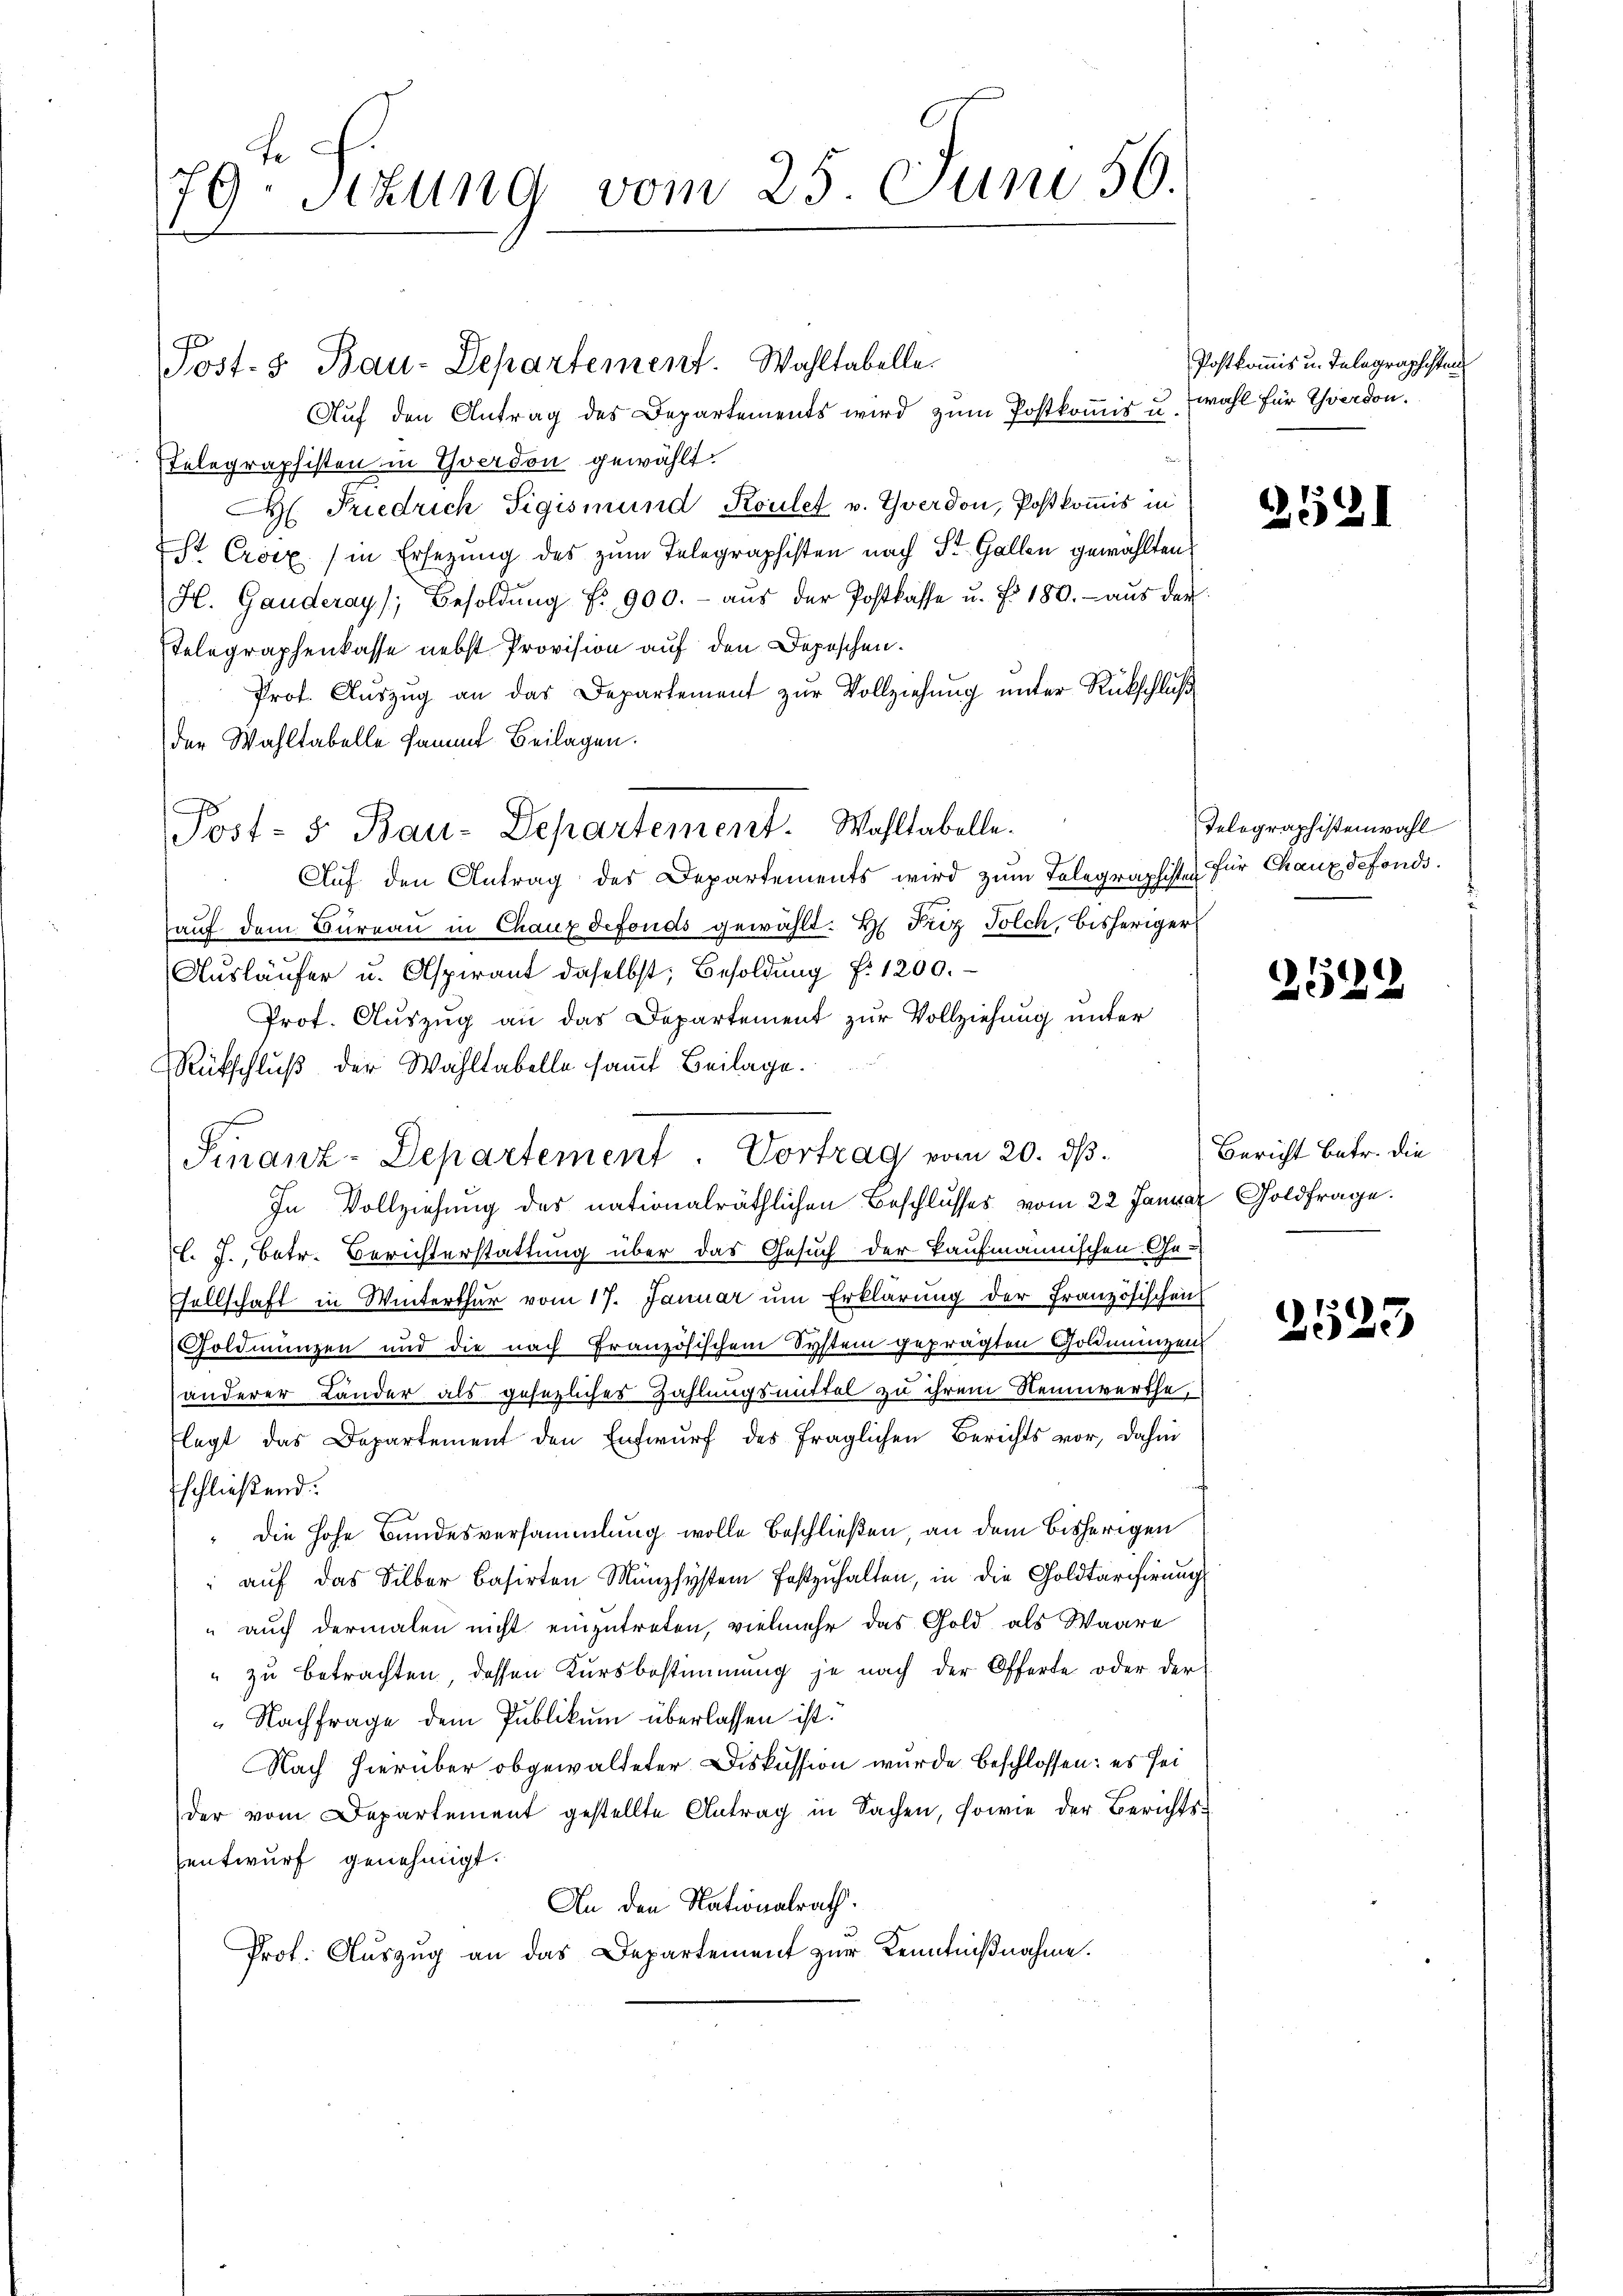
79 Setzung vom 25. Juni 56.

Auf den Antrag des Departements wird zum Postkommis u. wohl für verdon.
Telegraphisten in Yverdon gewählt.
M Friedrich Sigismund Koulet v. Yverdon, Postkomis in
Str. Croix in Ersezung des zum Telegraphisten nach St. Gallen gewählten
H. Gauderay, Besoldŭng Nr. 900.- aŭs der Postkasse u. f. 180. aŭs der
Telegraphenkasse nebst Provision auf den Depeschen.
Prof. Aŭszŭg an das Departement zŭr Vollziehŭng ŭnter Rückschlŭβ
der Wahltabelle sammt Beilagen.
Auf den Antrag des Departements wird zum Telegraphister für Chaux defonds.
auf dem Bureau in Chaux defonds gewählt. H. Frz Solch, bisheriger
Aŭsläufer u. Aspirant daselbst, Besoldung f. 1200.
Prof. Auszug an das Departement zur Vollziehung unter
Rückschluß der Wahltabelle samt Beilage.
In Vollziehung des nationalräthlichen Beschlusses vom 22 Januar Goldfrage.
l. J., betr. Berichterstattung über das Gesuch der kaufmännischen Ge-
sellschaft in Winterthur vom 17. Januar um Erklärung der Französischen
Goldmünzen und die nach Französischem System geprägten Goldmünzen
anderer Länder als gesezliches Zahlungsmittel zu ihrem Nennwerthe,
legt das Departement den Entwurf des fraglichen Berichts vor, dahin
schließend:
" die hohe Bundesversammlung wolle Beschließen, an dem bisherigen
auf das Silber basirten Münzsystem festzuhalten, in die Goldtarifirung
" auch dermalen nicht einzutreten, vielmehr das Gold als Waare
" zu betrachten dessen Kursbestimmung je nach der Offerte oder der
Nachfrage dem Publikum überlassen ist.
Nach hierüber obgewalteter Diskussion wurde beschlossen: es sei
der vom Departement gestellte Antrag in Sachen, sowie der Berichtsentwurf genehmigt.
An den Nationalrath.
Prot. Auszug an das Departement zur Kenntnißnahme.

Post- & Bau-Departement. Wahltabelle

Post- 5 Bau-Departement. Wahltabelle.

Finanz-Departement. Vortrag vom 20. dβ.

Postkommis u. Inlagraphisten

2521

Telegraphistenwahl

529

Bericht betr. die

2523